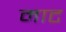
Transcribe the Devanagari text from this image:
माट